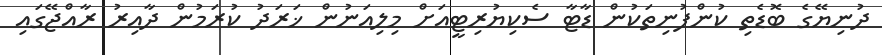
ދުނިޔޭގެ ބޮޑެތި ކުންފުނިތަކުން ޑާޓާ ސެކިޔުރިޓީއަށް މިލިއަނުން ޚަރަދު ކުރަމުން ދާއިރު ރާއްޖޭގައި